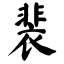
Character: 裴